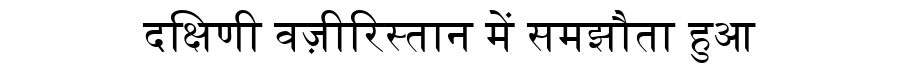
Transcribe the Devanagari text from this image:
दक्षिणी वज़ीरिस्तान में समझौता हुआ